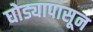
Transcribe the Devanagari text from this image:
घोड्यापासून